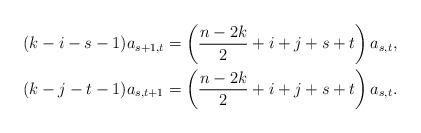
LaTeX: \begin{align*} (k-i-s-1)a_{s+1,t} & = \left(\frac{n-2k}{2}+i+j+s+t\right)a_{s,t} , \\ (k-j-t-1)a_{s,t+1} & = \left(\frac{n-2k}{2}+i+j+s+t\right)a_{s,t} . \end{align*}